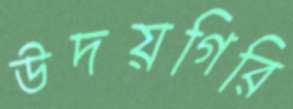
উদয়গিরি